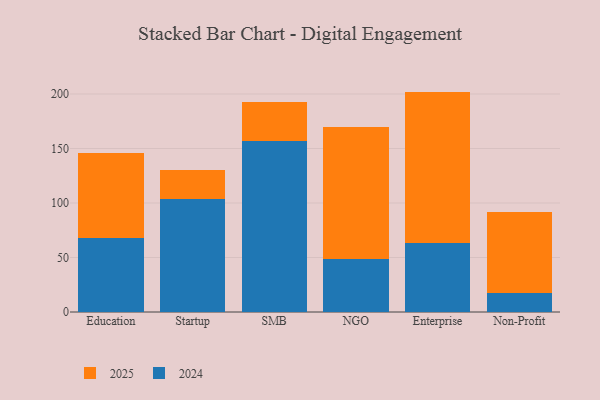
{"axis": {"x": "Segment", "y": "Budget (USD K)"}, "legend": ["2024", "2025"], "data": [{"x": "Education", "y": 78.6, "type": "2025"}, {"x": "Education", "y": 67.7, "type": "2024"}, {"x": "Startup", "y": 26.7, "type": "2025"}, {"x": "Startup", "y": 103.7, "type": "2024"}, {"x": "SMB", "y": 35.7, "type": "2025"}, {"x": "SMB", "y": 156.9, "type": "2024"}, {"x": "NGO", "y": 121.8, "type": "2025"}, {"x": "NGO", "y": 48.3, "type": "2024"}, {"x": "Enterprise", "y": 138.7, "type": "2025"}, {"x": "Enterprise", "y": 63.5, "type": "2024"}, {"x": "Non-Profit", "y": 74.6, "type": "2025"}, {"x": "Non-Profit", "y": 17.0, "type": "2024"}]}